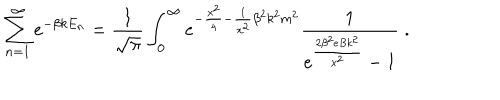
LaTeX: \sum _ { n = 1 } ^ { \infty } e ^ { - \beta k E _ { n } } = \frac { 1 } { \sqrt { \pi } } \int _ { 0 } ^ { \infty } e ^ { - \frac { x ^ { 2 } } { 4 } - \frac { 1 } { x ^ { 2 } } { \beta } ^ { 2 } k ^ { 2 } m ^ { 2 } } \frac { 1 } { e ^ { \frac { 2 { \beta } ^ { 2 } e B k ^ { 2 } } { x ^ { 2 } } } - 1 } \; .